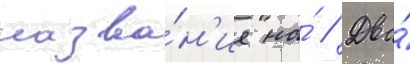
назва́н'ие на́ // Два́